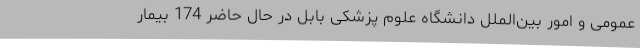
عمومی و امور بین‌الملل دانشگاه علوم پزشکی بابل در حال حاضر 174 بیمار